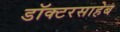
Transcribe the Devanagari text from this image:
डॉक्टरसाहेब